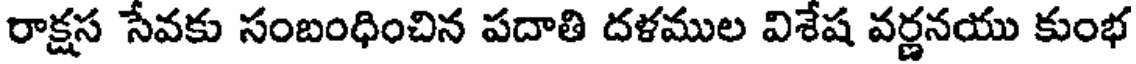
రాక్షస సేవకు సంబంధించిన పదాతి దళముల విశేష వర్ణనయు కుంభ